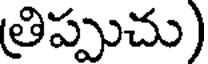
త్రిప్పుచు)